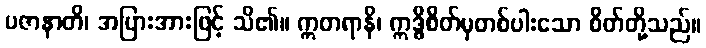
ပဇာနာတိ၊ အပြားအားဖြင့် သိ၏။ ဣတရာနိ၊ ဣဒ္ဓိစိတ်မှတစ်ပါးသော စိတ်တို့သည်။